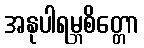
အနုပါရမ္ဘစိတ္တော